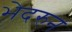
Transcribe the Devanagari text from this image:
भेदरुन